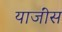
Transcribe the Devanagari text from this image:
याजींस